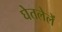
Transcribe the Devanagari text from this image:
घेतलेलें